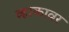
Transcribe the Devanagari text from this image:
व्हाकावर